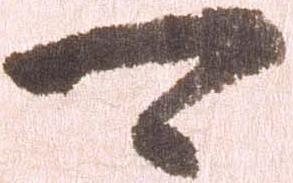
可